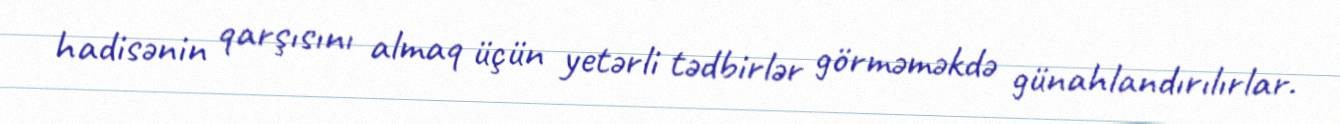
hadisənin qarşısını almaq üçün yetərli tədbirlər görməməkdə günahlandırılırlar.